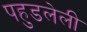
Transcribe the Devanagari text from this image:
पहुडलेली